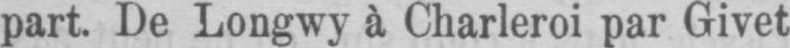
part. De Longwy à Charleroi par Givet